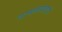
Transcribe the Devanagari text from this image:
नायकपदाची